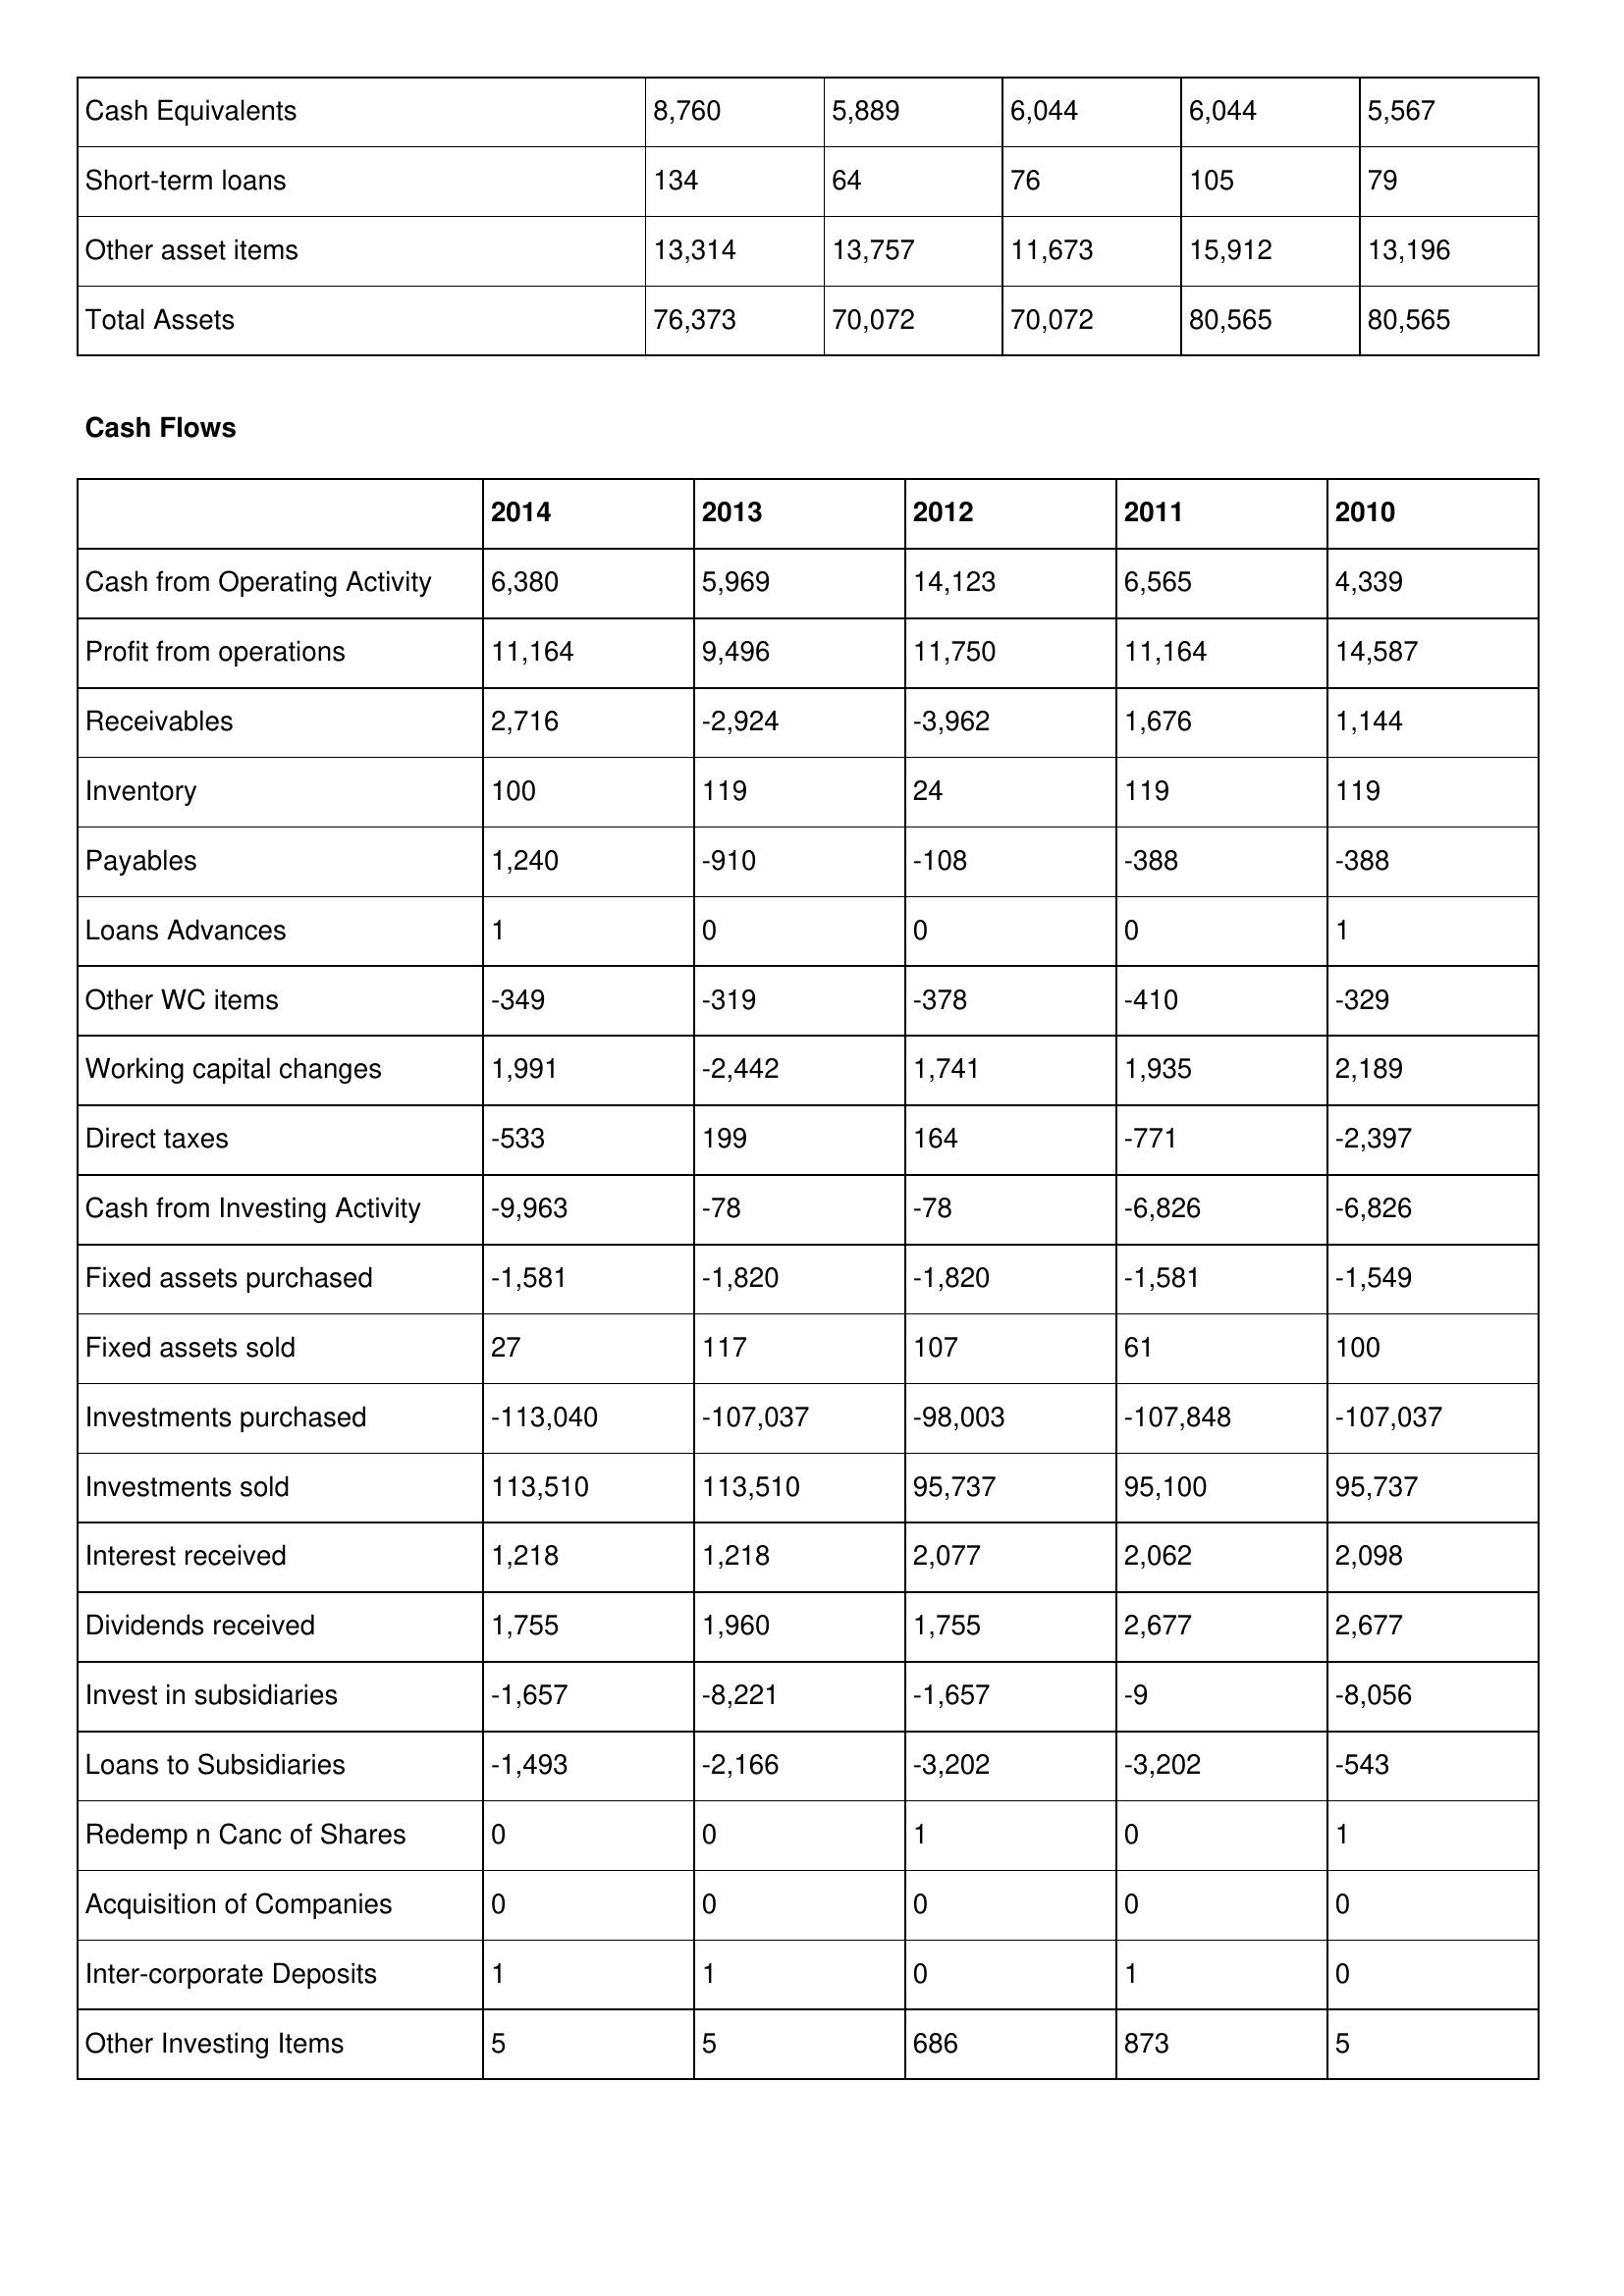
gt_parse: 2014: Balance Sheet: Cash Equivalents: 8,760
Short-term loans: 134
Other asset items: 13,314
Total Assets: 76,373
Cash Flows: Cash from Operating Activity: 6,380
Profit from operations: 11,164
Receivables: 2,716
Inventory: 100
Payables: 1,240
Loans Advances: 1
Other WC items: -349
Working capital changes: 1,991
Direct taxes: -533
Cash from Investing Activity: -9,963
Fixed assets purchased: -1,581
Fixed assets sold: 27
Investments purchased: -113,040
Investments sold: 113,510
Interest received: 1,218
Dividends received: 1,755
Invest in subsidiaries: -1,657
Loans to Subsidiaries: -1,493
Redemp n Canc of Shares: 0
Acquisition of Companies: 0
Inter-corporate Deposits: 1
Other Investing Items: 5
2013: Balance Sheet: Cash Equivalents: 5,889
Short-term loans: 64
Other asset items: 13,757
Total Assets: 70,072
Cash Flows: Cash from Operating Activity: 5,969
Profit from operations: 9,496
Receivables: -2,924
Inventory: 119
Payables: -910
Loans Advances: 0
Other WC items: -319
Working capital changes: -2,442
Direct taxes: 199
Cash from Investing Activity: -78
Fixed assets purchased: -1,820
Fixed assets sold: 117
Investments purchased: -107,037
Investments sold: 113,510
Interest received: 1,218
Dividends received: 1,960
Invest in subsidiaries: -8,221
Loans to Subsidiaries: -2,166
Redemp n Canc of Shares: 0
Acquisition of Companies: 0
Inter-corporate Deposits: 1
Other Investing Items: 5
2012: Balance Sheet: Cash Equivalents: 6,044
Short-term loans: 76
Other asset items: 11,673
Total Assets: 70,072
Cash Flows: Cash from Operating Activity: 14,123
Profit from operations: 11,750
Receivables: -3,962
Inventory: 24
Payables: -108
Loans Advances: 0
Other WC items: -378
Working capital changes: 1,741
Direct taxes: 164
Cash from Investing Activity: -78
Fixed assets purchased: -1,820
Fixed assets sold: 107
Investments purchased: -98,003
Investments sold: 95,737
Interest received: 2,077
Dividends received: 1,755
Invest in subsidiaries: -1,657
Loans to Subsidiaries: -3,202
Redemp n Canc of Shares: 1
Acquisition of Companies: 0
Inter-corporate Deposits: 0
Other Investing Items: 686
2011: Balance Sheet: Cash Equivalents: 6,044
Short-term loans: 105
Other asset items: 15,912
Total Assets: 80,565
Cash Flows: Cash from Operating Activity: 6,565
Profit from operations: 11,164
Receivables: 1,676
Inventory: 119
Payables: -388
Loans Advances: 0
Other WC items: -410
Working capital changes: 1,935
Direct taxes: -771
Cash from Investing Activity: -6,826
Fixed assets purchased: -1,581
Fixed assets sold: 61
Investments purchased: -107,848
Investments sold: 95,100
Interest received: 2,062
Dividends received: 2,677
Invest in subsidiaries: -9
Loans to Subsidiaries: -3,202
Redemp n Canc of Shares: 0
Acquisition of Companies: 0
Inter-corporate Deposits: 1
Other Investing Items: 873
2010: Balance Sheet: Cash Equivalents: 5,567
Short-term loans: 79
Other asset items: 13,196
Total Assets: 80,565
Cash Flows: Cash from Operating Activity: 4,339
Profit from operations: 14,587
Receivables: 1,144
Inventory: 119
Payables: -388
Loans Advances: 1
Other WC items: -329
Working capital changes: 2,189
Direct taxes: -2,397
Cash from Investing Activity: -6,826
Fixed assets purchased: -1,549
Fixed assets sold: 100
Investments purchased: -107,037
Investments sold: 95,737
Interest received: 2,098
Dividends received: 2,677
Invest in subsidiaries: -8,056
Loans to Subsidiaries: -543
Redemp n Canc of Shares: 1
Acquisition of Companies: 0
Inter-corporate Deposits: 0
Other Investing Items: 5